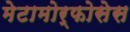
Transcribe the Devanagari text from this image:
मेटामोर्फोसेस